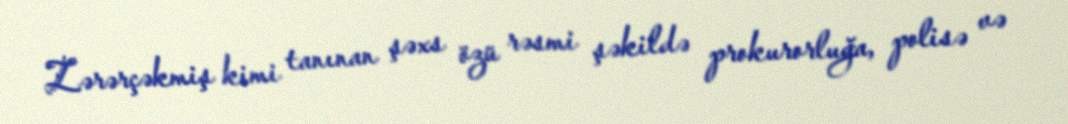
Zərərçəkmiş kimi tanınan şəxs özü rəsmi şəkildə prokurorluğa, polisə və